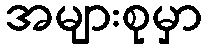
အများစုမှာ